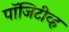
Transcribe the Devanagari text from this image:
पॉजिटीव्ह